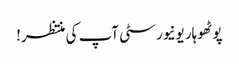
پوٹھوہار یونیورسٹی آپ کی منتظر!